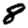
Digit: 8